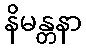
နိမန္တနာ